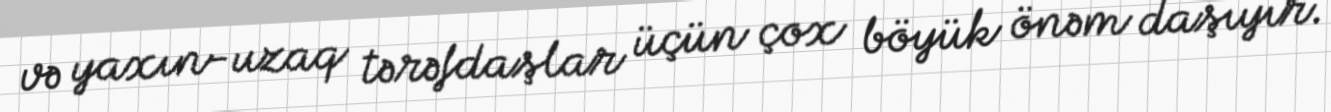
və yaxın-uzaq tərəfdaşlar üçün çox böyük önəm daşıyır.